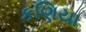
કણિયા